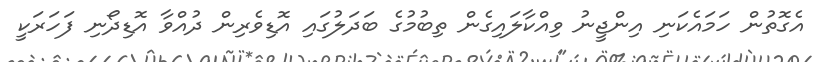
އެގޮތުން ހަމައެކަނި އިންޖީނު ވިއްކާލައިގެން ތިބުމުގެ ބަދަލުގައި އޮޑިވެރިން ދުއްވާ އޮޑިދޯނި ފަހަރަކީ